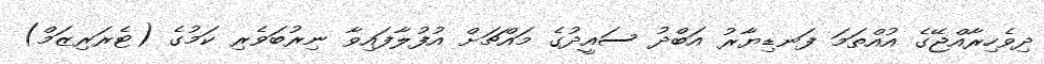
ދިވެހިރާއްޖޭގެ އުއްތަމަ ފަނޑިޔާރު އަބްދު ސައީދުގެ މައްޗަށް އުފުލާފައިވާ ނިރުބަވެރި ކަމުގެ (ޓެރަރިޒަމް)